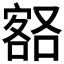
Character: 𡪞